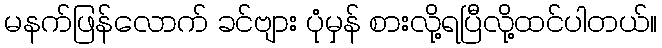
မနက်ဖြန်လောက် ခင်ဗျား ပုံမှန် စားလို့ရပြီလို့ထင်ပါတယ်။